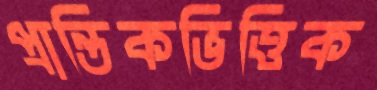
প্রান্তিকভিত্তিক